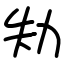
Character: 劮